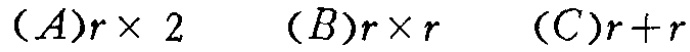
$(A)r\times 2\quad (B)r\times r\quad (C)r + r$